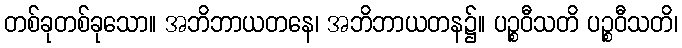
တစ်ခုတစ်ခုသော။ အဘိဘာယတနေ၊ အဘိဘာယတန၌။ ပဉ္စဝီသတိ ပဉ္စဝီသတိ၊